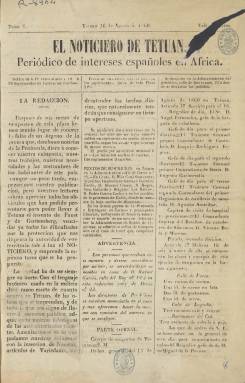
Título: El Noticiero de Tetuán
Colección: Periódicos || África
Ámbito geográfico: Marruecos
Lugar de publicación: Tetuán
Fechas: 16/08/1860-13/02/1861

Periódico que vio la luz en agosto de 1860, seis meses después de la toma de la ciudad de Tetuán tras la batalla de las tropas españolas contra las marroquíes en la llamada Guerra de África o Primera Guerra de Marruecos (1859-1860). El conflicto se saldó con la victoria española y Tetuán, según el tratado de paz, quedó temporalmente bajo la administración de España hasta 1862. El periódico cesó con el número del 13 de febrero de 1861.

  El Noticiero de Tetuán no fue el primer periódico de esta ciudad. Antes, en marzo de 1860, el escritor Pedro Antonio de Alarcón había fundado El Eco de Tetuán, del que solo publicó un número. Alarcón había cubierto la guerra como corresponsal y más tarde escribió un libro que tuvo un gran éxito: ‘Diario de un testigo de la guerra de África’.

  El Noticiero de Tetuán llevaba por subtítulo el de ‘Periódico de intereses españoles en África’ y era editado en la imprenta militar. Constaba de cuatro páginas y comenzó saliendo 10 ó 12 veces al mes con suplementos en días intermedios, aunque más tarde la periodicidad se regularizó en tres días por semana. Estuvo dirigió por Francisco Salazar, quien también escribía una buena parte de las informaciones.

    Su contenido tenía un acusado carácter militar y local, aunque daba también noticias de carácter nacional e internacional e información variada de otros asuntos, así como algunas novelas por entregas.

En varios números de la publicación se aprecia un gran interés por la descripción de las costumbres locales, razón por la que el periódico es una buena fuente de investigación a este respecto. En unas secciones llamadas Gacetillas y Avisos se informaba de la vida diaria de la población, una buena parte de la cual, aparte de la población musulmana, la componían judíos sefardíes.

  En el número 4 de la revista Akros, de enero de 2005, puede leerse en abierto un artículo sobre la vida de los judíos de Tetuán con extractos de las informaciones publicadas por El Noticiero de Tetuán durante esos años de ocupación española. El artículo está firmado por Ana María López Álvarez, doctora en filología semítica y directora del Museo Sefardí de Toledo.

[Descripción publicada el 1/12/2022]